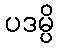
ပဒမ္ပိ